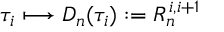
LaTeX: \tau _ { i } \longmapsto D _ { n } ( \tau _ { i } ) : = R _ { n } ^ { i , i + 1 }